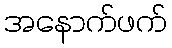
အနောက်ဖက်